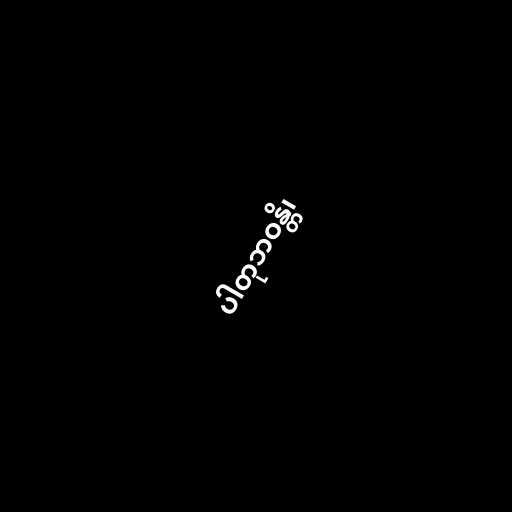
ပါတုဘဝန္တိ၊